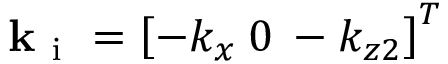
\mathbf { k } _ { \mathrm { ~ i ~ } } = \left[ - k _ { x } \: 0 \: - k _ { z 2 } \right] ^ { T }